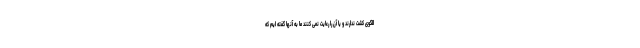
الگوی کشت ندارند و یا آن را رعایت نمی کنند ما به آنها گفته ایم که